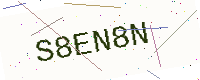
Text: S8EN8N